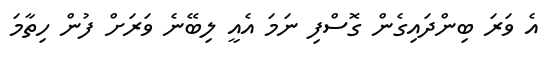
އެ ވަރަ ބިންދައިގެން ގޮސްފި ނަމަ އެއީ ލިބޭނެ ވަރަށް ފުން ހިތާމަ